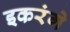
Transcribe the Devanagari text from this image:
इकरंगे